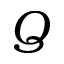
Q